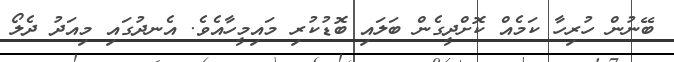
ބޭނުން ހުރިހާ ކަމެއް ކޮށްދީގެން ބަލައި ބޮޑުކުރި މައިމީހާއެވެ. އެނދުގައި މިއަދު ދެލޯ